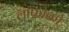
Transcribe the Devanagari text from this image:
लांफ्रोको